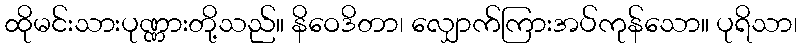
ထိုမင်းသားပုဏ္ဏားတို့သည်။ နိဝေဒိတာ၊ လျှောက်ကြားအပ်ကုန်သော။ ပုရိသာ၊